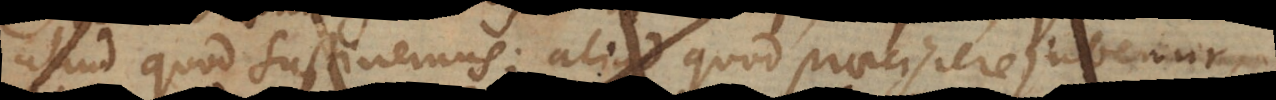
aliud quod sustinemus; aliud quod praecipere jubemur,